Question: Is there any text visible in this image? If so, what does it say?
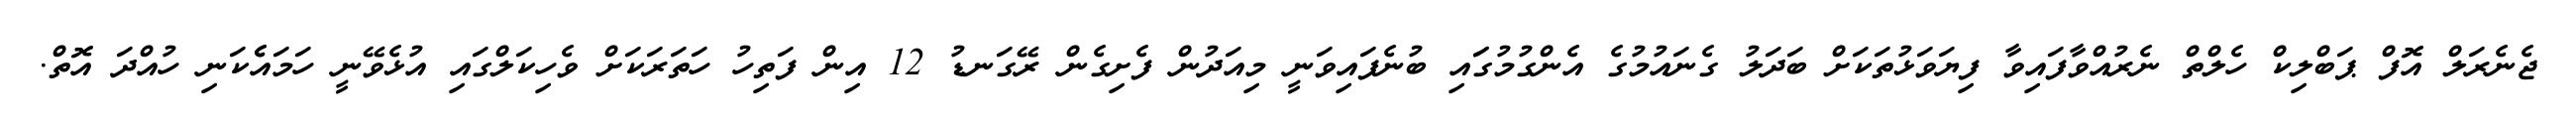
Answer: ޖެނެރަލް އޮފް ޕަބްލިކް ހެލްތް ނެރުއްވާފައިވާ ފިޔަވަޅުތަކަށް ބަދަލު ގެނައުމުގެ އެންގުމުގަައި ބުނެފައިވަނީ މިއަދުން ފެށިގެން ރޭގަނޑު 12 އިން ފަތިހު ހަތަރަކަށް ވެހިކަލްގައި އުޅެވޭނީ ހަމައެެކަނި ހުއްދަ އޮތް.